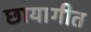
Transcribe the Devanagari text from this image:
छायागीत